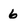
Character: 6